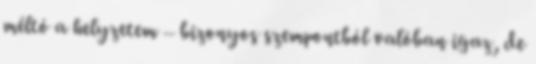
méltó a helyzetem – bizonyos szempontból valóban igaz, de